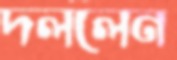
দললেন